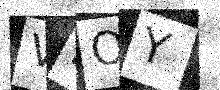
Text: V9OY